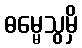
ဓမ္မေသွမှိ